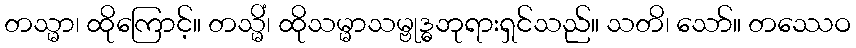
တသ္မာ၊ ထိုကြောင့်။ တသ္မိံ၊ ထိုသမ္မာသမ္ဗုဒ္ဓဘုရားရှင်သည်။ သတိ၊ သော်။ တဿေဝ